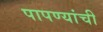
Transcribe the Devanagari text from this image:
पापण्यांची